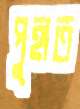
পুহাত